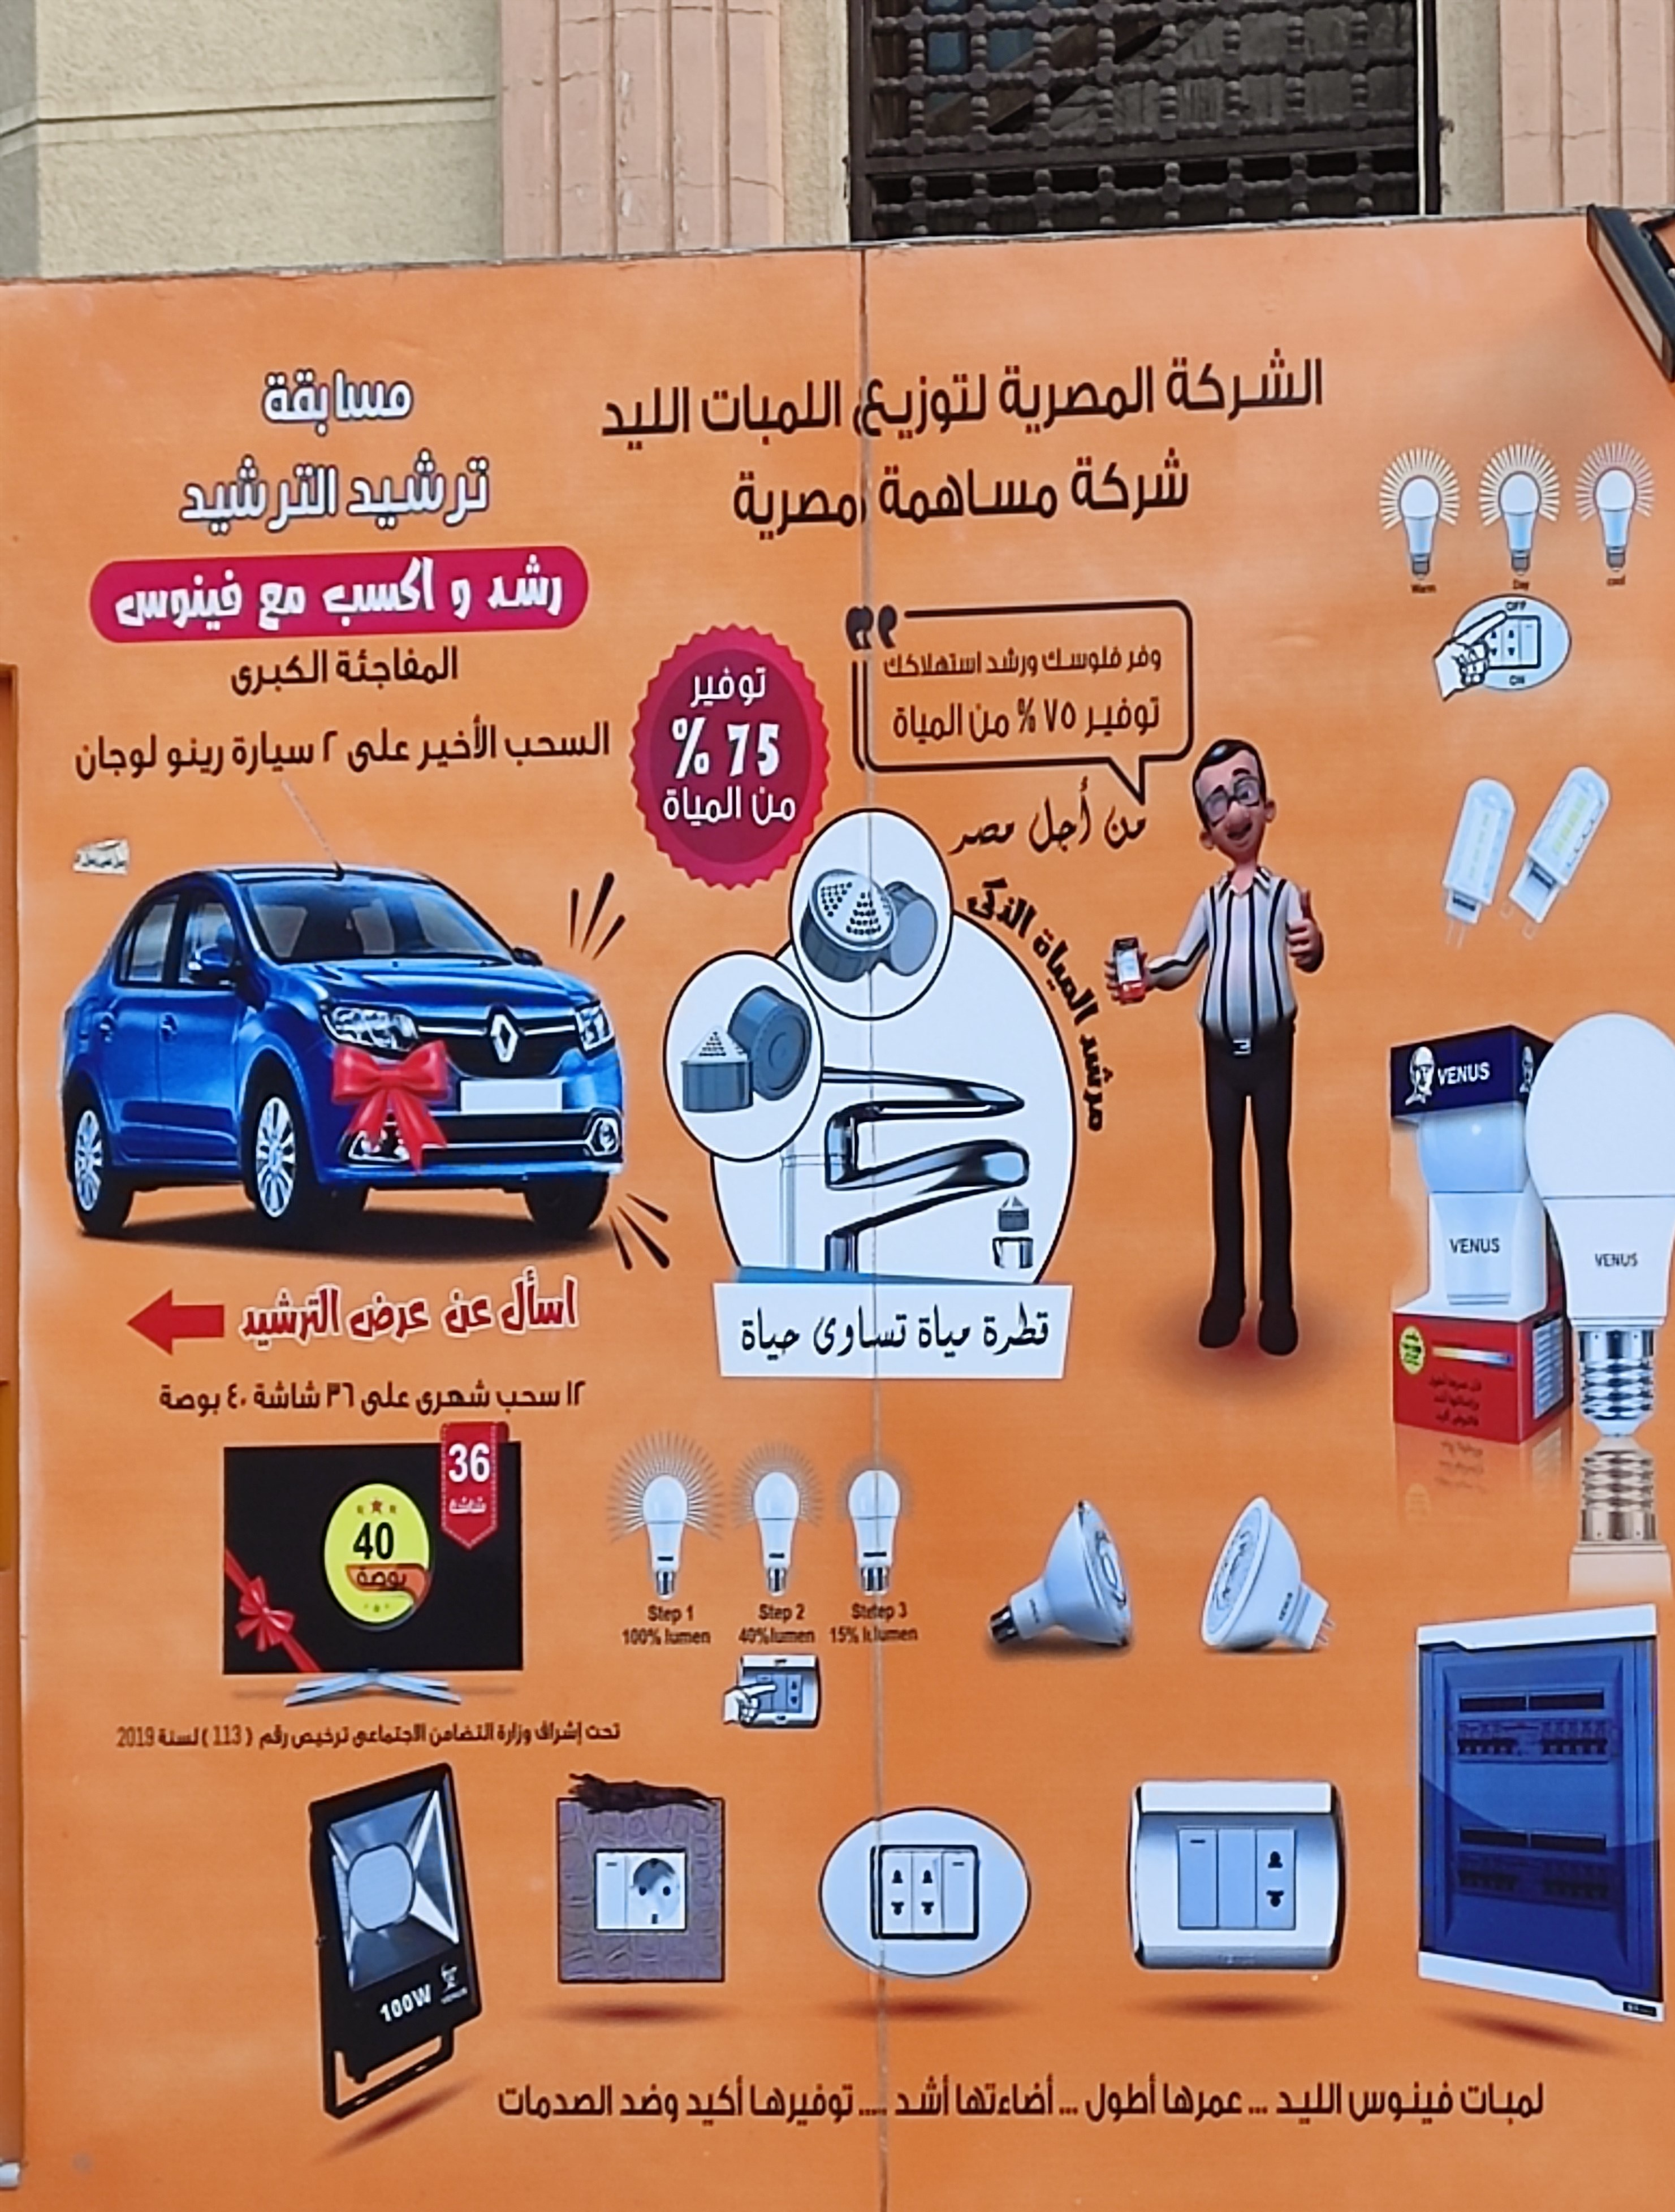
Text in image: الشركة المصرية مسابقة لتوزيع اللمبات الليد شركة ترشيد الترشيد مساهمة مصرية رشد اكسب و فينوس مع ورشد فلوسك المفاجئة وفر استهلاكك الكبرى توفير توفير 75 المياة من السحب الـأخير % 2 على سيارة لوجان رينو من المياه أجل من مصر الذكى المياة مرشد اسأل عن عرض الترشيد قطرة تساوى مياة حياة 12 شاشة على 36 شهرى سحب 40 بوصة أشد أضاءتها أطول الصدمات أكيد عمرها لمبات الليد توفيرها وضد فينوس % 75 36 40